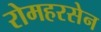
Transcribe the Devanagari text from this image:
रोमहरसेन